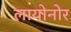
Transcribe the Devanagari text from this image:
लायोनोर